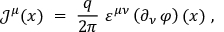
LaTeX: { \mathcal J } ^ { \mu } ( x ) \; = \; \frac { q } { 2 \pi } ~ \varepsilon ^ { \mu \nu } \left( \partial _ { \nu } \, \varphi \right) ( x ) ~ ,